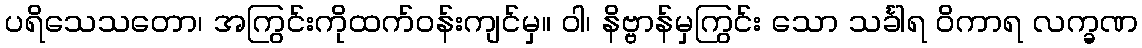
ပရိသေသတော၊ အကြွင်းကိုထက်ဝန်းကျင်မှ။ ဝါ၊ နိဗ္ဗာန်မှကြွင်း သော သင်္ခါရ ဝိကာရ လက္ခဏ